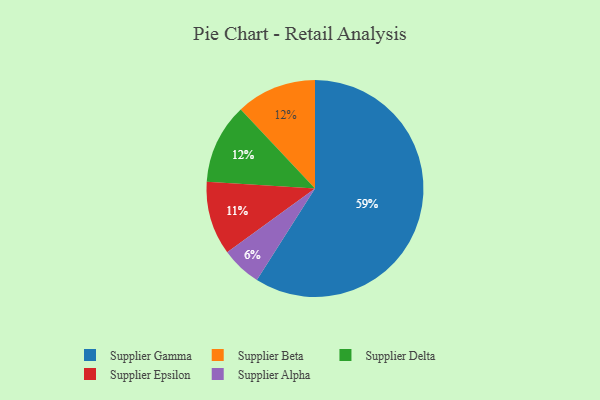
{"axis": {"x": "Category", "y": "Percentage"}, "legend": ["Supplier Alpha", "Supplier Beta", "Supplier Delta", "Supplier Epsilon", "Supplier Gamma"], "data": [{"x": "Supplier Epsilon", "y": 11, "type": "Supplier Epsilon"}, {"x": "Supplier Beta", "y": 12, "type": "Supplier Beta"}, {"x": "Supplier Delta", "y": 12, "type": "Supplier Delta"}, {"x": "Supplier Alpha", "y": 6, "type": "Supplier Alpha"}, {"x": "Supplier Gamma", "y": 59, "type": "Supplier Gamma"}]}